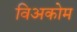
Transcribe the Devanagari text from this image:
विअकोम